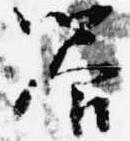
饗